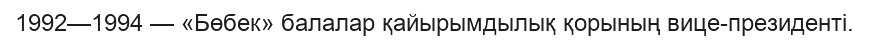
1992—1994 — «Бөбек» балалар қайырымдылық қорының вице-президенті.